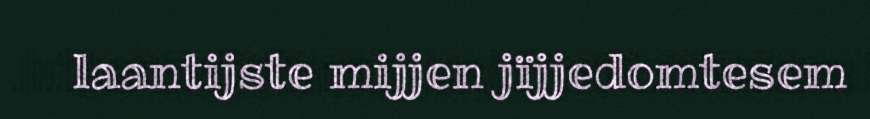
laantijste mijjen jïjjedomtesem